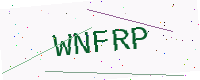
Text: WNFRP